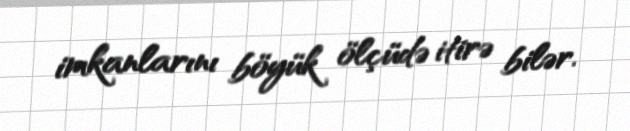
imkanlarını böyük ölçüdə itirə bilər.